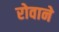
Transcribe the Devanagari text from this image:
रोवाने